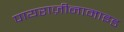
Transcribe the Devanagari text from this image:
पायराज़ीनामाइड